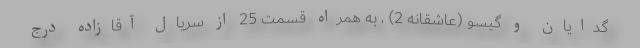
گدایان و گیسو (عاشقانه 2) ، به همراه قسمت 25 از سریال آقازاده درج